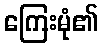
ကြေးမုံ၏